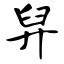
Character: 舁